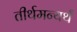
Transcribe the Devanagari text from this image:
तीर्थमन्यर्थं